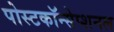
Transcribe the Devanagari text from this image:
पोस्टकॉन्सेप्शनल